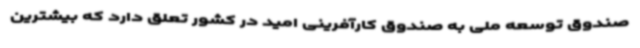
صندوق توسعه ملی به صندوق کارآفرینی امید در کشور تعلق دارد که بیشترین